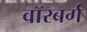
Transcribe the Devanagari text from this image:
वॉरबर्ग